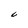
Character: C